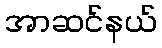
အာဆင်နယ်